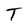
Character: T